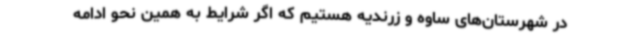
در شهرستان‌های ساوه و زرندیه هستیم که اگر شرایط به همین نحو ادامه